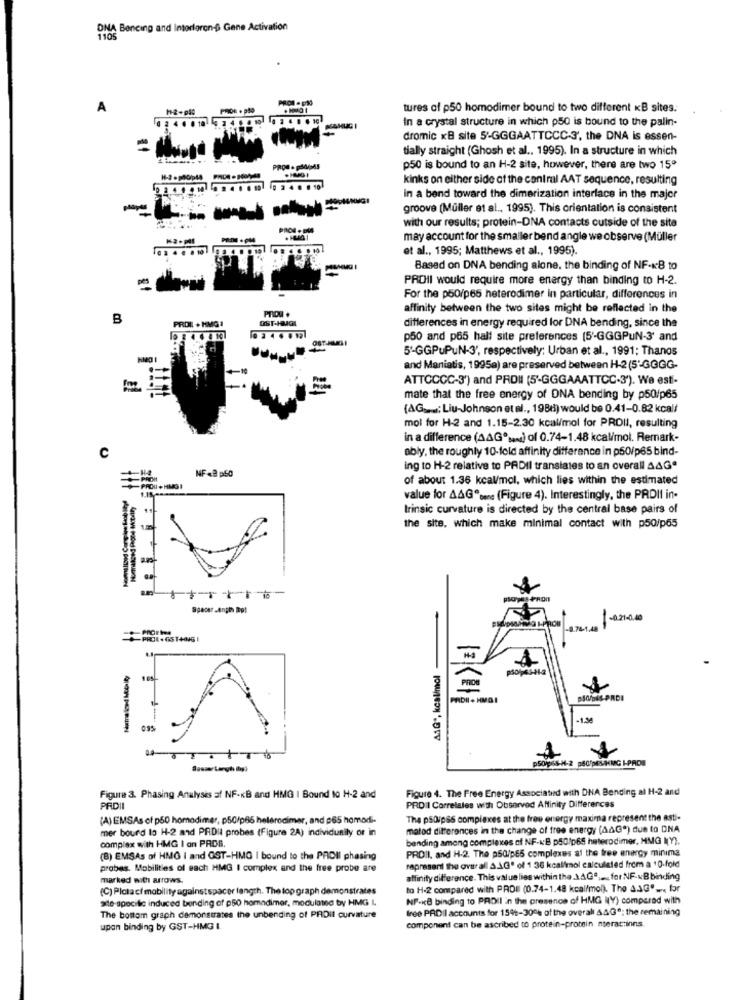
DNA Bencing and Intorlgron-D Gene Activation
1105
PROF . p30
. HMO I
tures of p50 homodimer bound to two different KB sites.
2 4 0 0 10
In a crystal structure in which p50 is bound to the palin-
dromic KB site 5'-GGGAATTCCC-3', the DNA is essen-
tially straight (Ghosh et al ., 1995). In a structure in which
PROC. podAS
p50 is bound to an H-2 site, however, there are two 15º
kinks on either side of the central AAT sequence, resulting
In a bend toward the dimerization interface in the major
groove (Müller et al ., 1995). This orientation is consistent
PRON + DIA
with our results; protein-DNA contacts cutside of the site
may account for the smaller bend angle we observe (Müller
et al ., 1995; Matthews et al ., 1995).
Based on DNA bending alone, the binding of NF-KB to
PROII would require more energy than binding to H-2.
For the p50/p65 heterodimer in particular, differences in
PRIDU +
affinity between the two sites might be reflected in the
B
PROIL + HMG 1
OST-HUGA
differences in energy required for DNA bending, since the
p50 and p65 hall site preferences (5'-GGGPUN-3' and
5'GGPuPuN-3', respectively; Urban et al ., 1991; Thanos
and Maniatis, 1995a) are preserved between H-2 (5'-GGGG-
ATTCCCC-3') and PROII (5'-GGGAAATTCC-3'). We esti-
mate that the free energy of DNA bending by p50/p65
(AG : Liu-Johnson et al ., 1988) would be 0.41-0.82 kcal/
mol for H-2 and 1.15-2.30 kcal/mol for PROII, resulting
in a difference (AAGº%) of 0.74-1.48 kcal/mol. Remark-
c
ably, the roughly 10-fold affinity difference in p50/p65 bind-
NF .@ p50
ing to H-2 relative to PADIl translates to an overall AAGª
of about 1.36 kcal/mol, which lies within the estimated
PROU + HMG I
value for A&Geben: (Figure 4). Interestingly, the PRDII in-
trinsic curvature is directed by the central base pairs of
the site, which make minimal contact with p50/p65
Spacer .Anph Rpt
8 74-1.
PROE . GST+OG
ASG *, kcal/mol
PRDII + HMOI
-1,34
035
p5064-H-2 60/pHMG I-PAD
Figure 4. The Free Energy Associated with DNA Bending al H-2 and
Figure 3. Phasing Analyses of NF-KB and HMG | Bound 10 H-2 and
PRDII
PRDII Correlales with Observed Affinity Differences
(A) EMSAs of p50 homodimer, p50/p66 helerocimer, and 065 homodi-
The pSOipGS complexes at the free energy maxima represent the asti-
mer bound to H-2 and PRDI probes (Figure 2A) individunily or in
matod differences in the change of free energy (AAG") due to DNA
bending among complexes of NF-KB p50/p65 heterodimer, MMG (Y).
complex with HMG I an PRDB.
PROII. and H-2. The p5Q/p65 complexes at the free energy minima
(B) EMSAs of HMG I and GST-HMG | bound to the PROII phasing
probes. Mobilities of each HMG I complex and the free probe are
rapresent the overall à L.G' of 1 36 kcal'mol calculated from a 10-fold
marked with arrows.
affinity difference. This value lies within the.1.A.G .... for NF- KB binding
(C) Plata cf mobility againstspacer length. The top graph demonstrates
to H-2 compared with PROI (0.74-1.48 kcal/mol). The 43G">< for
site-specific induced bending of p50 homadimer, modulated by HMG L
NF-KB binding to PRDII in the presence of HMG (V) compared with
free PRDIl accounts for 159%-30% of the overall 443º: the remaining
The bottom graph demonstrates the unbending of PRDit curvature
upan binding by GST-HMG I.
component can be ascribed to protein-protein nteractions.